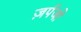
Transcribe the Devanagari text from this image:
ज़र्पजो